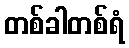
တစ်ခါတစ်ရံ